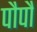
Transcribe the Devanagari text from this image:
पौपौ